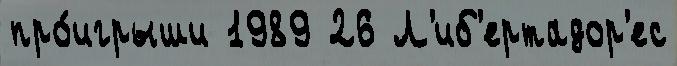
про́игрыши 1989 26 Л'иб'ертадор'ес